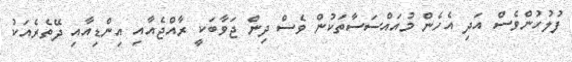
ފުލުހުންވެސް އަދި އެހެން މުއައްސަސާތަކުން ވެސް ދިން ޖަވާބަކީ ރާއްޖެއާއި އިންޑިއާއި ދޭތެރެއަކު